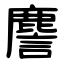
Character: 䴦